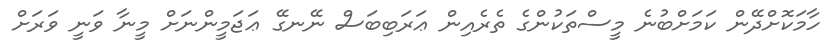
ހާމަކޮށްދޭން ކަމަށްބުނެ މީސްތަކުންގެ ތެރެއިން ޢަރަބިބަސް ނޭނގޭ ޢަޖަމީންނަށް މީނާ ވަނީ ވަރަށް